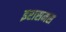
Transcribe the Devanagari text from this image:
इरासमस